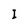
Character: I